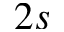
2 s